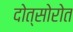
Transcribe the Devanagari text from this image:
दोत्सोरोत